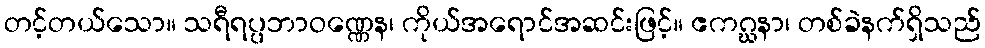
တင့်တယ်သော။ သရီရပ္ပဘာဝဏ္ဏေန၊ ကိုယ်အရောင်အဆင်းဖြင့်။ ဧကဂ္ဃနာ၊ တစ်ခဲနက်ရှိသည်